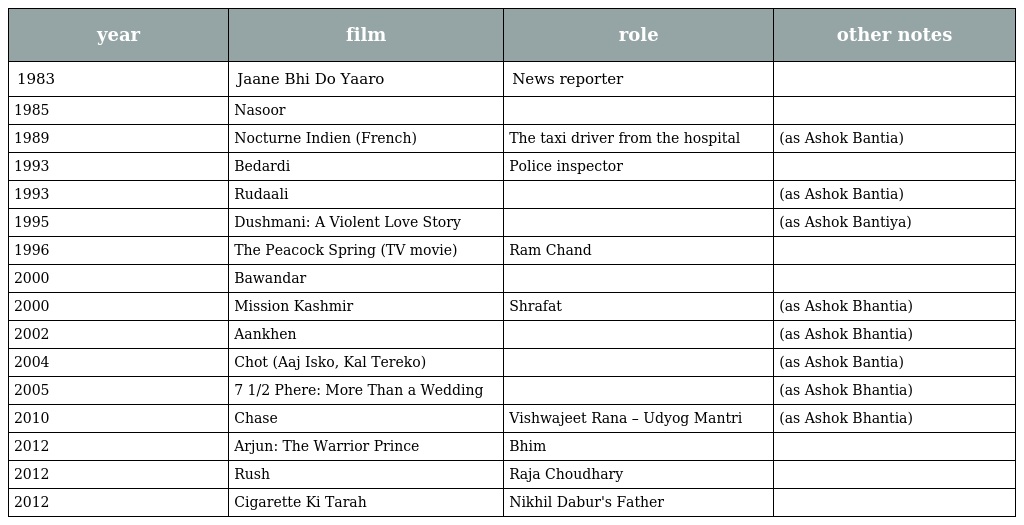
| year | film | role | other notes |
 | --- | --- | --- | --- |
 | 1983 | Jaane Bhi Do Yaaro | News reporter |  |
 | 1985 | Nasoor |  |  |
 | 1989 | Nocturne Indien (French) | The taxi driver from the hospital | (as Ashok Bantia) |
 | 1993 | Bedardi | Police inspector |  |
 | 1993 | Rudaali |  | (as Ashok Bantia) |
 | 1995 | Dushmani: A Violent Love Story |  | (as Ashok Bantiya) |
 | 1996 | The Peacock Spring (TV movie) | Ram Chand |  |
 | 2000 | Bawandar |  |  |
 | 2000 | Mission Kashmir | Shrafat | (as Ashok Bhantia) |
 | 2002 | Aankhen |  | (as Ashok Bhantia) |
 | 2004 | Chot (Aaj Isko, Kal Tereko) |  | (as Ashok Bantia) |
 | 2005 | 7 1/2 Phere: More Than a Wedding |  | (as Ashok Bhantia) |
 | 2010 | Chase | Vishwajeet Rana – Udyog Mantri | (as Ashok Bhantia) |
 | 2012 | Arjun: The Warrior Prince | Bhim |  |
 | 2012 | Rush | Raja Choudhary |  |
 | 2012 | Cigarette Ki Tarah | Nikhil Dabur's Father |  |